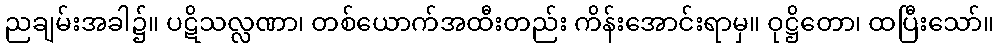
ညချမ်းအခါ၌။ ပဋိသလ္လဏာ၊ တစ်ယောက်အထီးတည်း ကိန်းအောင်းရာမှ။ ဝုဋ္ဌိတော၊ ထပြီးသော်။